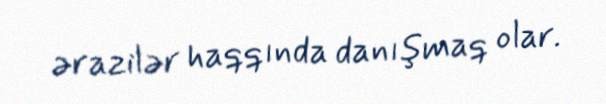
ərazilər haqqında danışmaq olar.